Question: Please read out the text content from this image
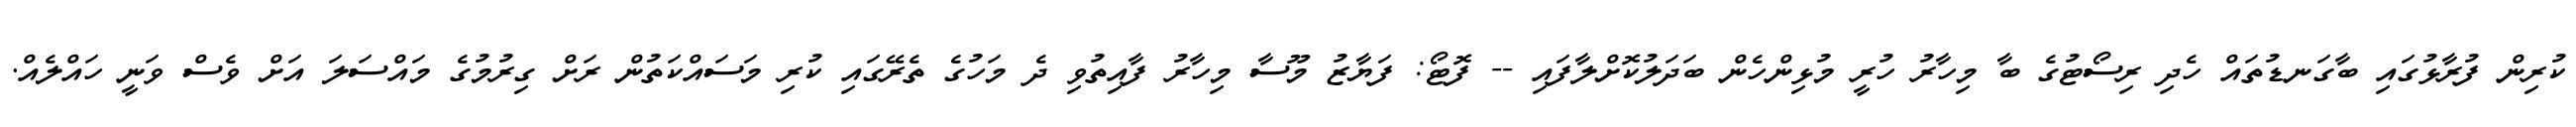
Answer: ކުރިން ފުރާޅުގައި ބާގަނޑުތައް ހެދި ރިސޯޓުގެ ބާ މިހާރު ހުރީ މުޅިންހެން ބަދަލުކޮށްލާފައި -- ފޮޓޯ: ފަޔާޒު މޫސާ މިހާރު ފާއިތުވި ދެ މަހުގެ ތެރޭގައި ކުރި މަސައްކަތުން ރަށް ގިރުމުގެ މައްސަލަ އަށް ވެސް ވަނީ ހައްލެއް.